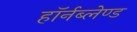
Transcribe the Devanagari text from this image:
हॉर्नब्लेण्ड